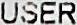
USER